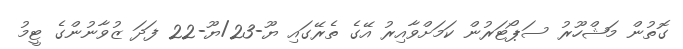
ގޮތުން މަޝްހޫރު ސަޕޯޓަރުން ކަމަށްވާއިރު އޭގެ ތެރޭގައި ޔޫ-23/ޔޫ-22 ފަދަ ޒުވާނުންގެ ޓީމު